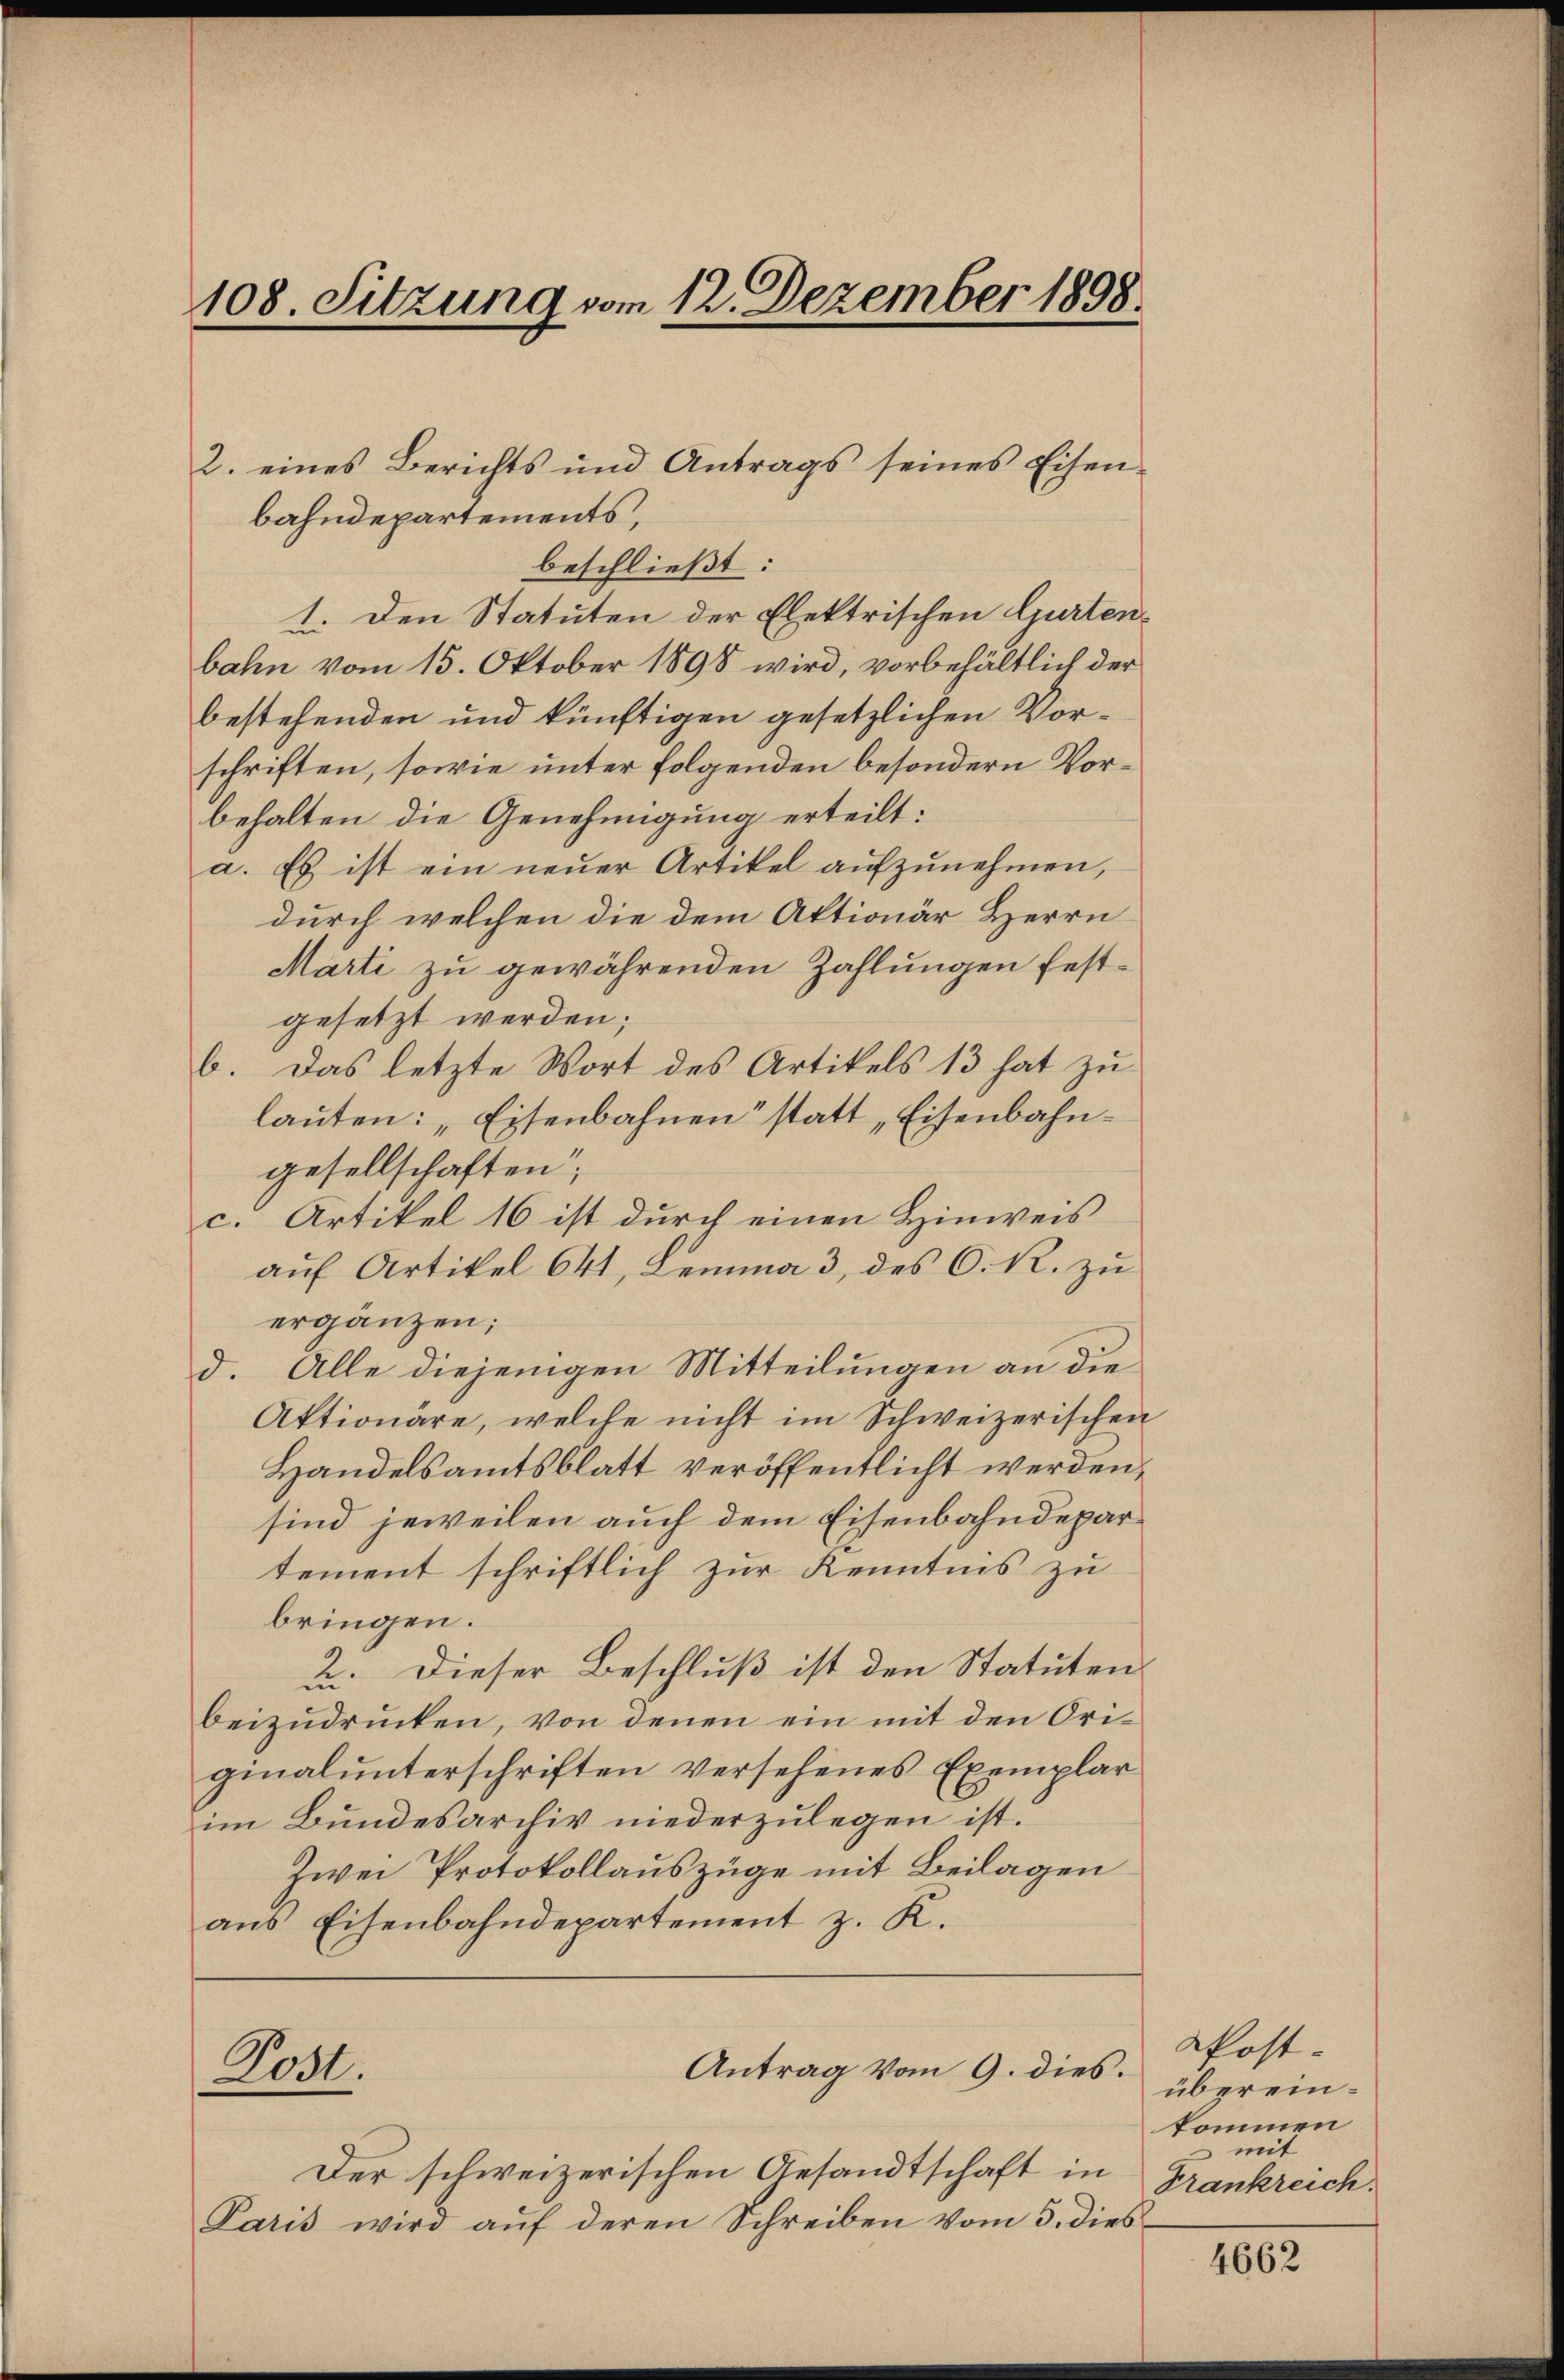
bahndepartements,
beschließt:
1. Den Statuten der Elektrischen Gurtenbahn vom 15. Oktober 1898 wird, vorbehältlich der
bestehenden und künftigen gesetzlichen Vorschriften, sowie unter folgenden besondern Vorbehalten die Genehmigung erteilt:
a. Es ist ein neuer Artikel aufzunehmen,
durch welchen die dem Aktionär Herrn
Märti zu gewährenden Zahlungen festgesetzt werden;
b. Das letzte Wort des Artikels 13 hat zu
lauten: „Eisenbahnen" statt „Eisenbahngesellschaften,
c. Artikel 16 ist durch einen Hinweis
auf Artikel 641, Lemma 3 des O. R. zu
ergänzen;
d. Alle diejenigen Mitteilungen an die
Aktionäre, welche nicht im Schweizerischen
Handelsamtsblatt veröffentlicht werden,
sind jeweilen auch dem Eisenbahndepartement schriftlich zur Kenntnis zu
bringen.
2. Dieser Beschluß ist den Statuten
beizudrücken, von denen ein mit den Originalunterschriften versehenes Exemplar
im Bundesarchiv niederzulegen ist.
Zwei Protokollauszüge mit Beilagen
aus Eisenbahndepartement z. K.

108. Sitzung vom 12. Dezember 1898.

Rost.

2. eines Berichts und Antrags seines Eisen-

Der schweizerischen Gesandtschaft in
Paris wird aŭf deren Schreiben vom 3. dies

Antrag vom 9. dies.

Post-
übereinkommen.
mit
Frankreich.

4662